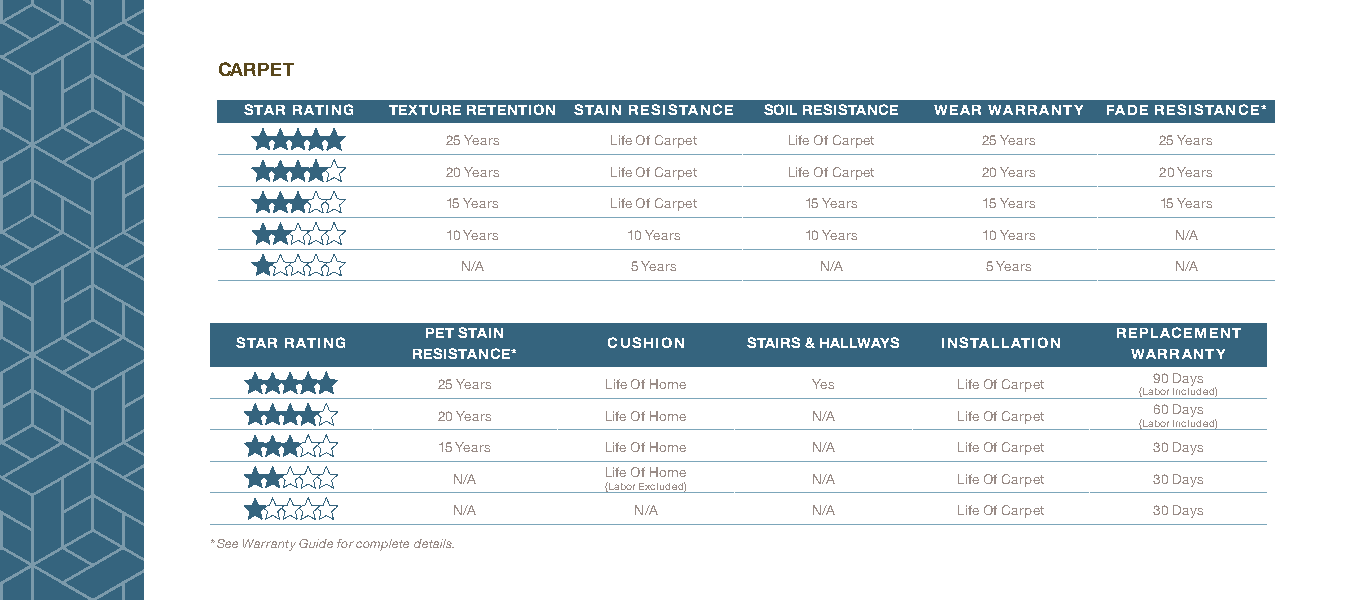
CARPET
 STAR RATING TEXTURE RETENTION STAIN RESISTANCE SOIL RESISTANCE WEAR WARRANTY FADE RESISTANCE*
 25 Years  Life Of Carpet Life Of Carpet 25 Years 25 Years
 20 Years  Life Of Carpet Life Of Carpet 20 Years 20 Years
 15 Years  Life Of Carpet 15 Years  15 Years    15 Years
 10 Years    10 Years   10 Years    10 Years     N/A
 N/A        5 Years     N/A        5 Years      N/A
 PET STAIN                                     REPLACEMENT
 STAR RATING             CUSHION  STAIRS & HALLWAYS INSTALLATION
 RESISTANCE*                                     WARRANTY
 90 Days
 25 Years   Life Of Home  Yes      Life Of Carpet
 (Labor Included)
 60 Days
 20 Years   Life Of Home  N/A      Life Of Carpet
 (Labor Included)
 15 Years   Life Of Home  N/A      Life Of Carpet 30 Days
 Life Of Home
 N/A                     N/A      Life Of Carpet 30 Days
 (Labor Excluded)
 N/A         N/A         N/A      Life Of Carpet 30 Days
 * See Warranty Guide for complete details.